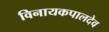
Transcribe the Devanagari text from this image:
विनायकपालदेव